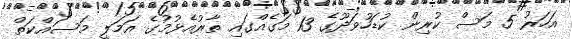
އަހަރު 5 މަސް ކުރިން ކުޑަހުވަދޫގެ 13 މަގެއްގައި ތާރުއެޅުމުގެ އަމަލީ މަސައްކަތް